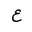
Letter: _ayn